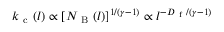
k _ { \mathrm { ~ c ~ } } ( l ) \propto [ N _ { \mathrm { ~ B ~ } } ( l ) ] ^ { 1 / ( \gamma - 1 ) } \propto l ^ { - D _ { \mathrm { ~ f ~ } } / ( \gamma - 1 ) }